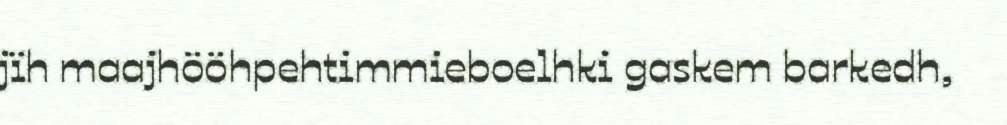
jïh maajhööhpehtimmieboelhki gaskem barkedh,